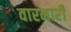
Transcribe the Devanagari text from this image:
वारनारी